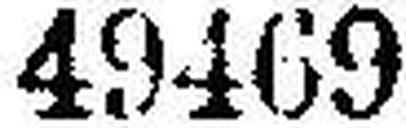
49469